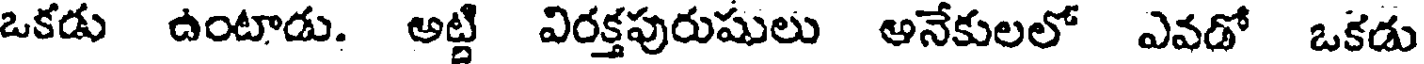
ఒకడు ఉంటాడు. అట్టి విరక్తపురుషులు అనేకులలో ఎవడో ఒకడు